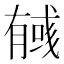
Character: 𢒰